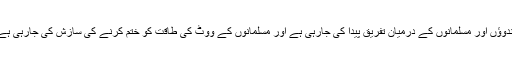
ہندوؤں اور مسلمانوں کے درمیان تفریق پیدا کی جارہی ہے اور مسلمانوں کے ووٹ کی طاقت کو ختم کرنے کی سازش کی جارہی ہے۔